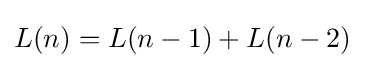
L(n)=L(n-1)+L(n-2)